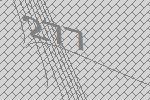
277